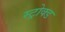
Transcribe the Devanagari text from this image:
स्ट्रोक्ड